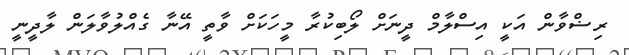
ރިޟްވާން އަކީ އިސްލާމް ދީނަށް ލޯބިކުރާ މީހަކަށް ވާތީ އޭނާ ގެއްލުވާލަން ލާދީނީ